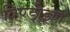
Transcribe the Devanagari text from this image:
विण्डोइंग